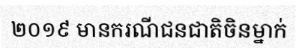
២០១៩ មានករណីជនជាតិចិនម្នាក់